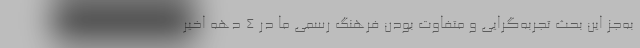
به‌جز این بحث تجربه‌گرایی و متفاوت بودن فرهنگ رسمی ما در ۴ دهه اخیر